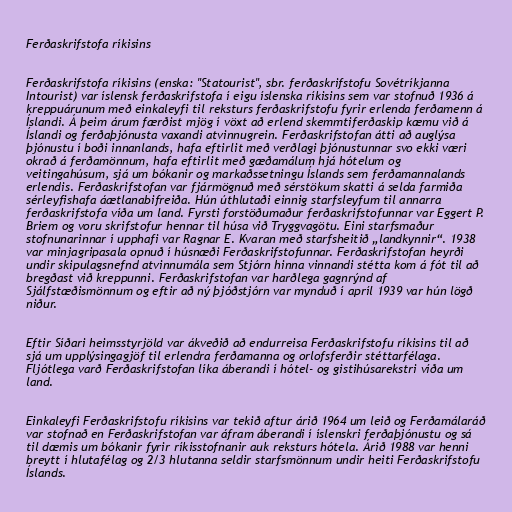
Ferðaskrifstofa ríkisins

Ferðaskrifstofa ríkisins (enska: "Statourist", sbr. ferðaskrifstofu Sovétríkjanna
Intourist) var íslensk ferðaskrifstofa í eigu íslenska ríkisins sem var stofnuð 1936 á
kreppuárunum með einkaleyfi til reksturs ferðaskrifstofu fyrir erlenda ferðamenn á
Íslandi. Á þeim árum færðist mjög í vöxt að erlend skemmtiferðaskip kæmu við á
Íslandi og ferðaþjónusta vaxandi atvinnugrein. Ferðaskrifstofan átti að auglýsa
þjónustu í boði innanlands, hafa eftirlit með verðlagi þjónustunnar svo ekki væri
okrað á ferðamönnum, hafa eftirlit með gæðamálum hjá hótelum og
veitingahúsum, sjá um bókanir og markaðssetningu Íslands sem ferðamannalands
erlendis. Ferðaskrifstofan var fjármögnuð með sérstökum skatti á selda farmiða
sérleyfishafa áætlanabifreiða. Hún úthlutaði einnig starfsleyfum til annarra
ferðaskrifstofa víða um land. Fyrsti forstöðumaður ferðaskrifstofunnar var Eggert P.
Briem og voru skrifstofur hennar til húsa við Tryggvagötu. Eini starfsmaður
stofnunarinnar í upphafi var Ragnar E. Kvaran með starfsheitið „landkynnir“. 1938
var minjagripasala opnuð í húsnæði Ferðaskrifstofunnar. Ferðaskrifstofan heyrði
undir skipulagsnefnd atvinnumála sem Stjórn hinna vinnandi stétta kom á fót til að
bregðast við kreppunni. Ferðaskrifstofan var harðlega gagnrýnd af
Sjálfstæðismönnum og eftir að ný þjóðstjórn var mynduð í apríl 1939 var hún lögð
niður.

Eftir Síðari heimsstyrjöld var ákveðið að endurreisa Ferðaskrifstofu ríkisins til að
sjá um upplýsingagjöf til erlendra ferðamanna og orlofsferðir stéttarfélaga.
Fljótlega varð Ferðaskrifstofan líka áberandi í hótel- og gistihúsarekstri víða um
land.

Einkaleyfi Ferðaskrifstofu ríkisins var tekið aftur árið 1964 um leið og Ferðamálaráð
var stofnað en Ferðaskrifstofan var áfram áberandi í íslenskri ferðaþjónustu og sá
til dæmis um bókanir fyrir ríkisstofnanir auk reksturs hótela. Árið 1988 var henni
breytt í hlutafélag og 2/3 hlutanna seldir starfsmönnum undir heiti Ferðaskrifstofu
Íslands.